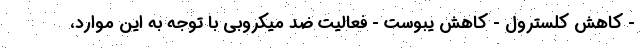
- کاهش کلسترول - کاهش یبوست - فعالیت ضد میکروبی با توجه به این موارد،